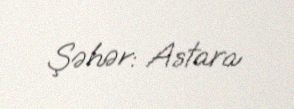
Şəhər: Astara